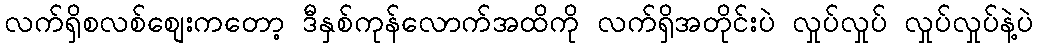
လက်ရှိစလစ်စျေးကတော့ ဒီနှစ်ကုန်လောက်အထိကို လက်ရှိအတိုင်းပဲ လှုပ်လှုပ် လှုပ်လှုပ်နဲ့ပဲ